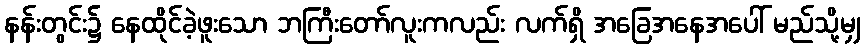
နန်းတွင်း၌ နေထိုင်ခဲ့ဖူးသော ဘကြီးတော်လူးကလည်း လက်ရှိ အခြေအနေအပေါ် မည်သို့မျှ